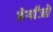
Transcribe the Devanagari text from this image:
बेर्गांजो